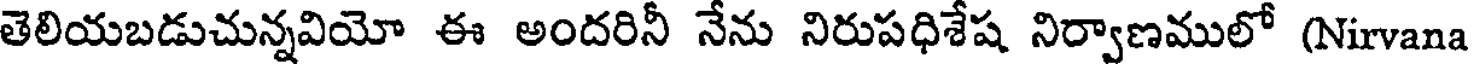
తెలియబడుచున్నవియో ఈ అందరినీ నేను నిరుపధిశేష నిర్వాణములో (Nirvana